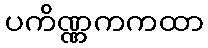
ပကိဏ္ဏကကထာ